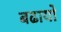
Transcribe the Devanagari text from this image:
बढायो